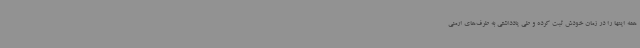
همه اینها را در زمان خودش ثبت کرده و طی یادداشتی به طرف‌های ارمنی